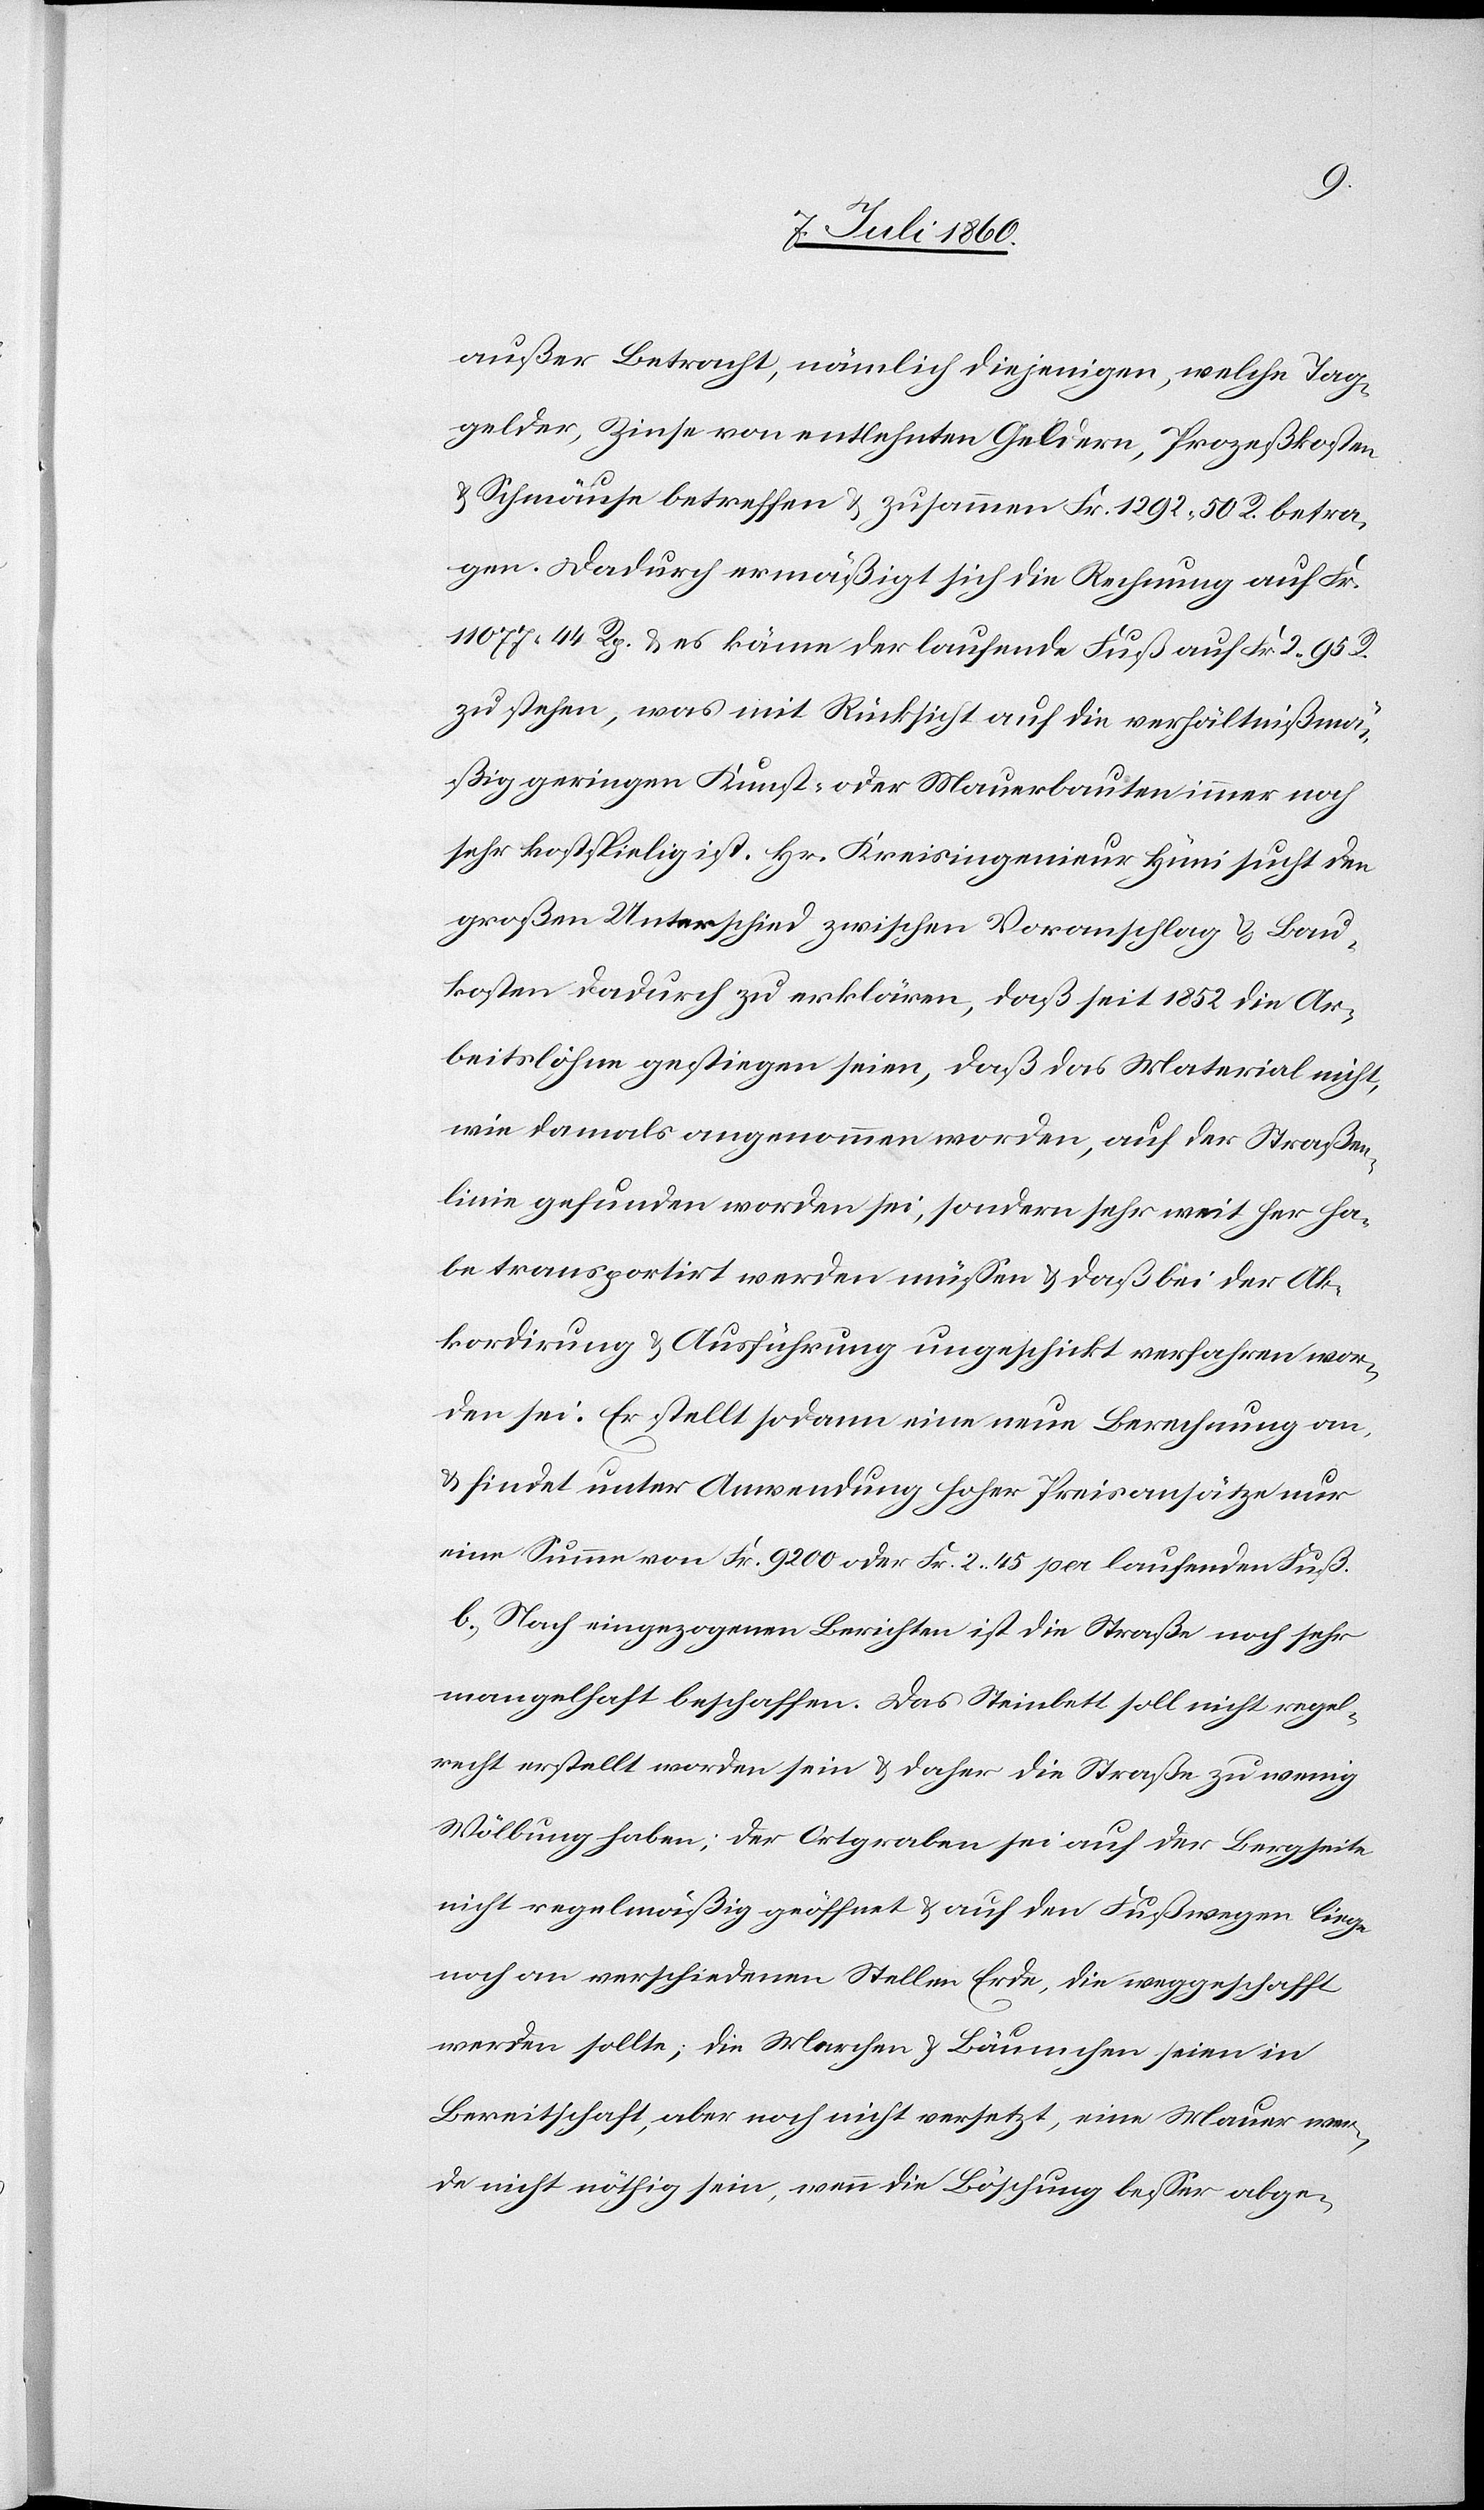
außer Betracht, nämlich diejenigen, welche Tag¬
gelder, Zinse von entlehnten Geldern, Prozeßkosten
& Schmäuse betreffen & zusammen Fr. 1292. 50 R. betra¬
gen. Dadurch ermäßigt sich die Rechnung auf Fr.
11 077. 44 Rp. & es käme der laufende Fuß auf Fr. 2. 95 R.
zu stehen, was mit Rücksicht auf die verhältnißmä¬
ßig geringen Kunst- oder Mauerbauten immer noch
sehr kostspielig ist. Hr. Kreisingenieur Hüni sucht den
großen Unterschied zwischen Voranschlag & Bau¬
kosten dadurch zu erklären, daß seit 1852 die Ar¬
beitslöhne gestiegen seien, daß das Material nicht,
wie damals angenommen worden, auf der Straßen¬
linie gefunden worden sei, sondern sehr weit her ha¬
be transportirt werden müssen & daß bei der Ak¬
kordirung & Ausführung ungeschickt verfahren wor¬
den sei. Er stellt sodann eine neue Berechnung an
& findet unter Anwendung hoher Preisansätze nur
eine Summe von Fr. 9200 oder Fr. 2. 45 per laufenden Fuß.
b. Nach eingezogenen Berichten ist die Straße noch sehr
mangelhaft beschaffen. Das Steinbett soll nicht regel¬
recht erstellt worden sein & daher die Straße zu wenig
Wölbung haben; der Ortgraben sei auf der Bergseite
nicht regelmäßig geöffnet & auf den Fußwegen liege
noch an verschiedenen Stellen Erde, die weggeschafft
werden sollte; die Marchen & Bäumchen seien in
Bereitschaft, aber noch nicht versetzt, eine Mauer wer¬
de nicht nöthig sein, wenn die Böschung besser abge-